Annual report of the Madras Medical College
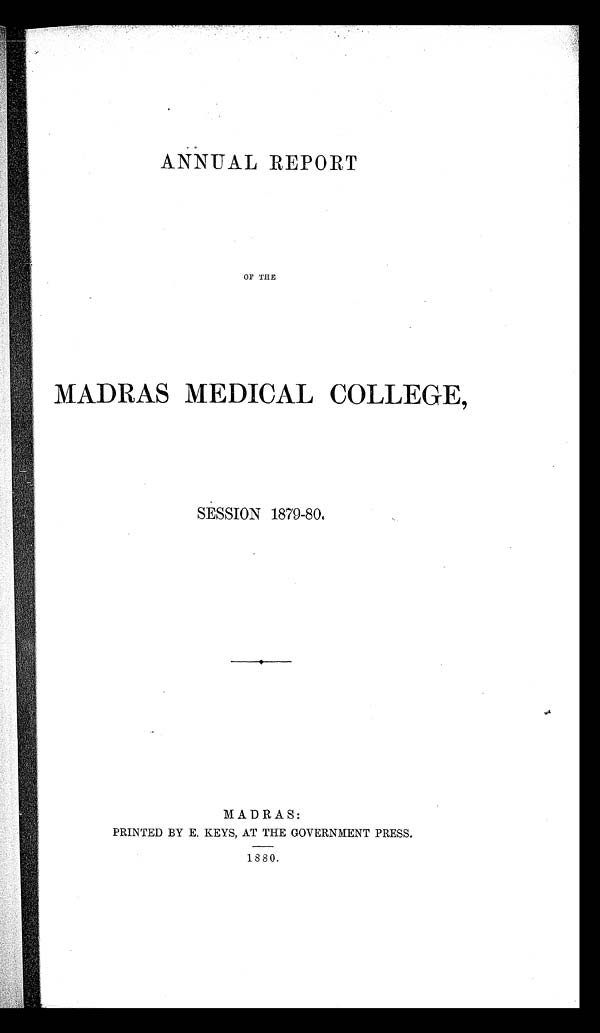
ANNUAL REPORT
OF THE
MADRAS MEDICAL COLLEGE,
SESSION 1879-80.
MADRAS:
PRINTED BY E. KEYS, AT THE GOVERNMENT PRESS.
1880.